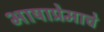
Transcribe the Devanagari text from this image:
भाषाप्रेमाचे